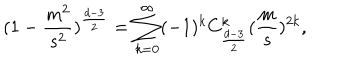
LaTeX: ( 1 - \frac { m ^ { 2 } } { s ^ { 2 } } ) ^ { \frac { d - 3 } { 2 } } = \sum _ { k = 0 } ^ { \infty } ( - 1 ) ^ { k } C _ { \frac { d - 3 } { 2 } } ^ { k } ( \frac { m } { s } ) ^ { 2 k } ,